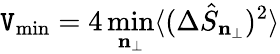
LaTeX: \mathtt{V}_{\mathrm{{min}}}=4\operatorname*{min}_{\mathbf{{n}}_{\perp}}\langle(\Delta\hat{{S}}_{\mathbf{{n}}_{\perp}})^{2}\rangle